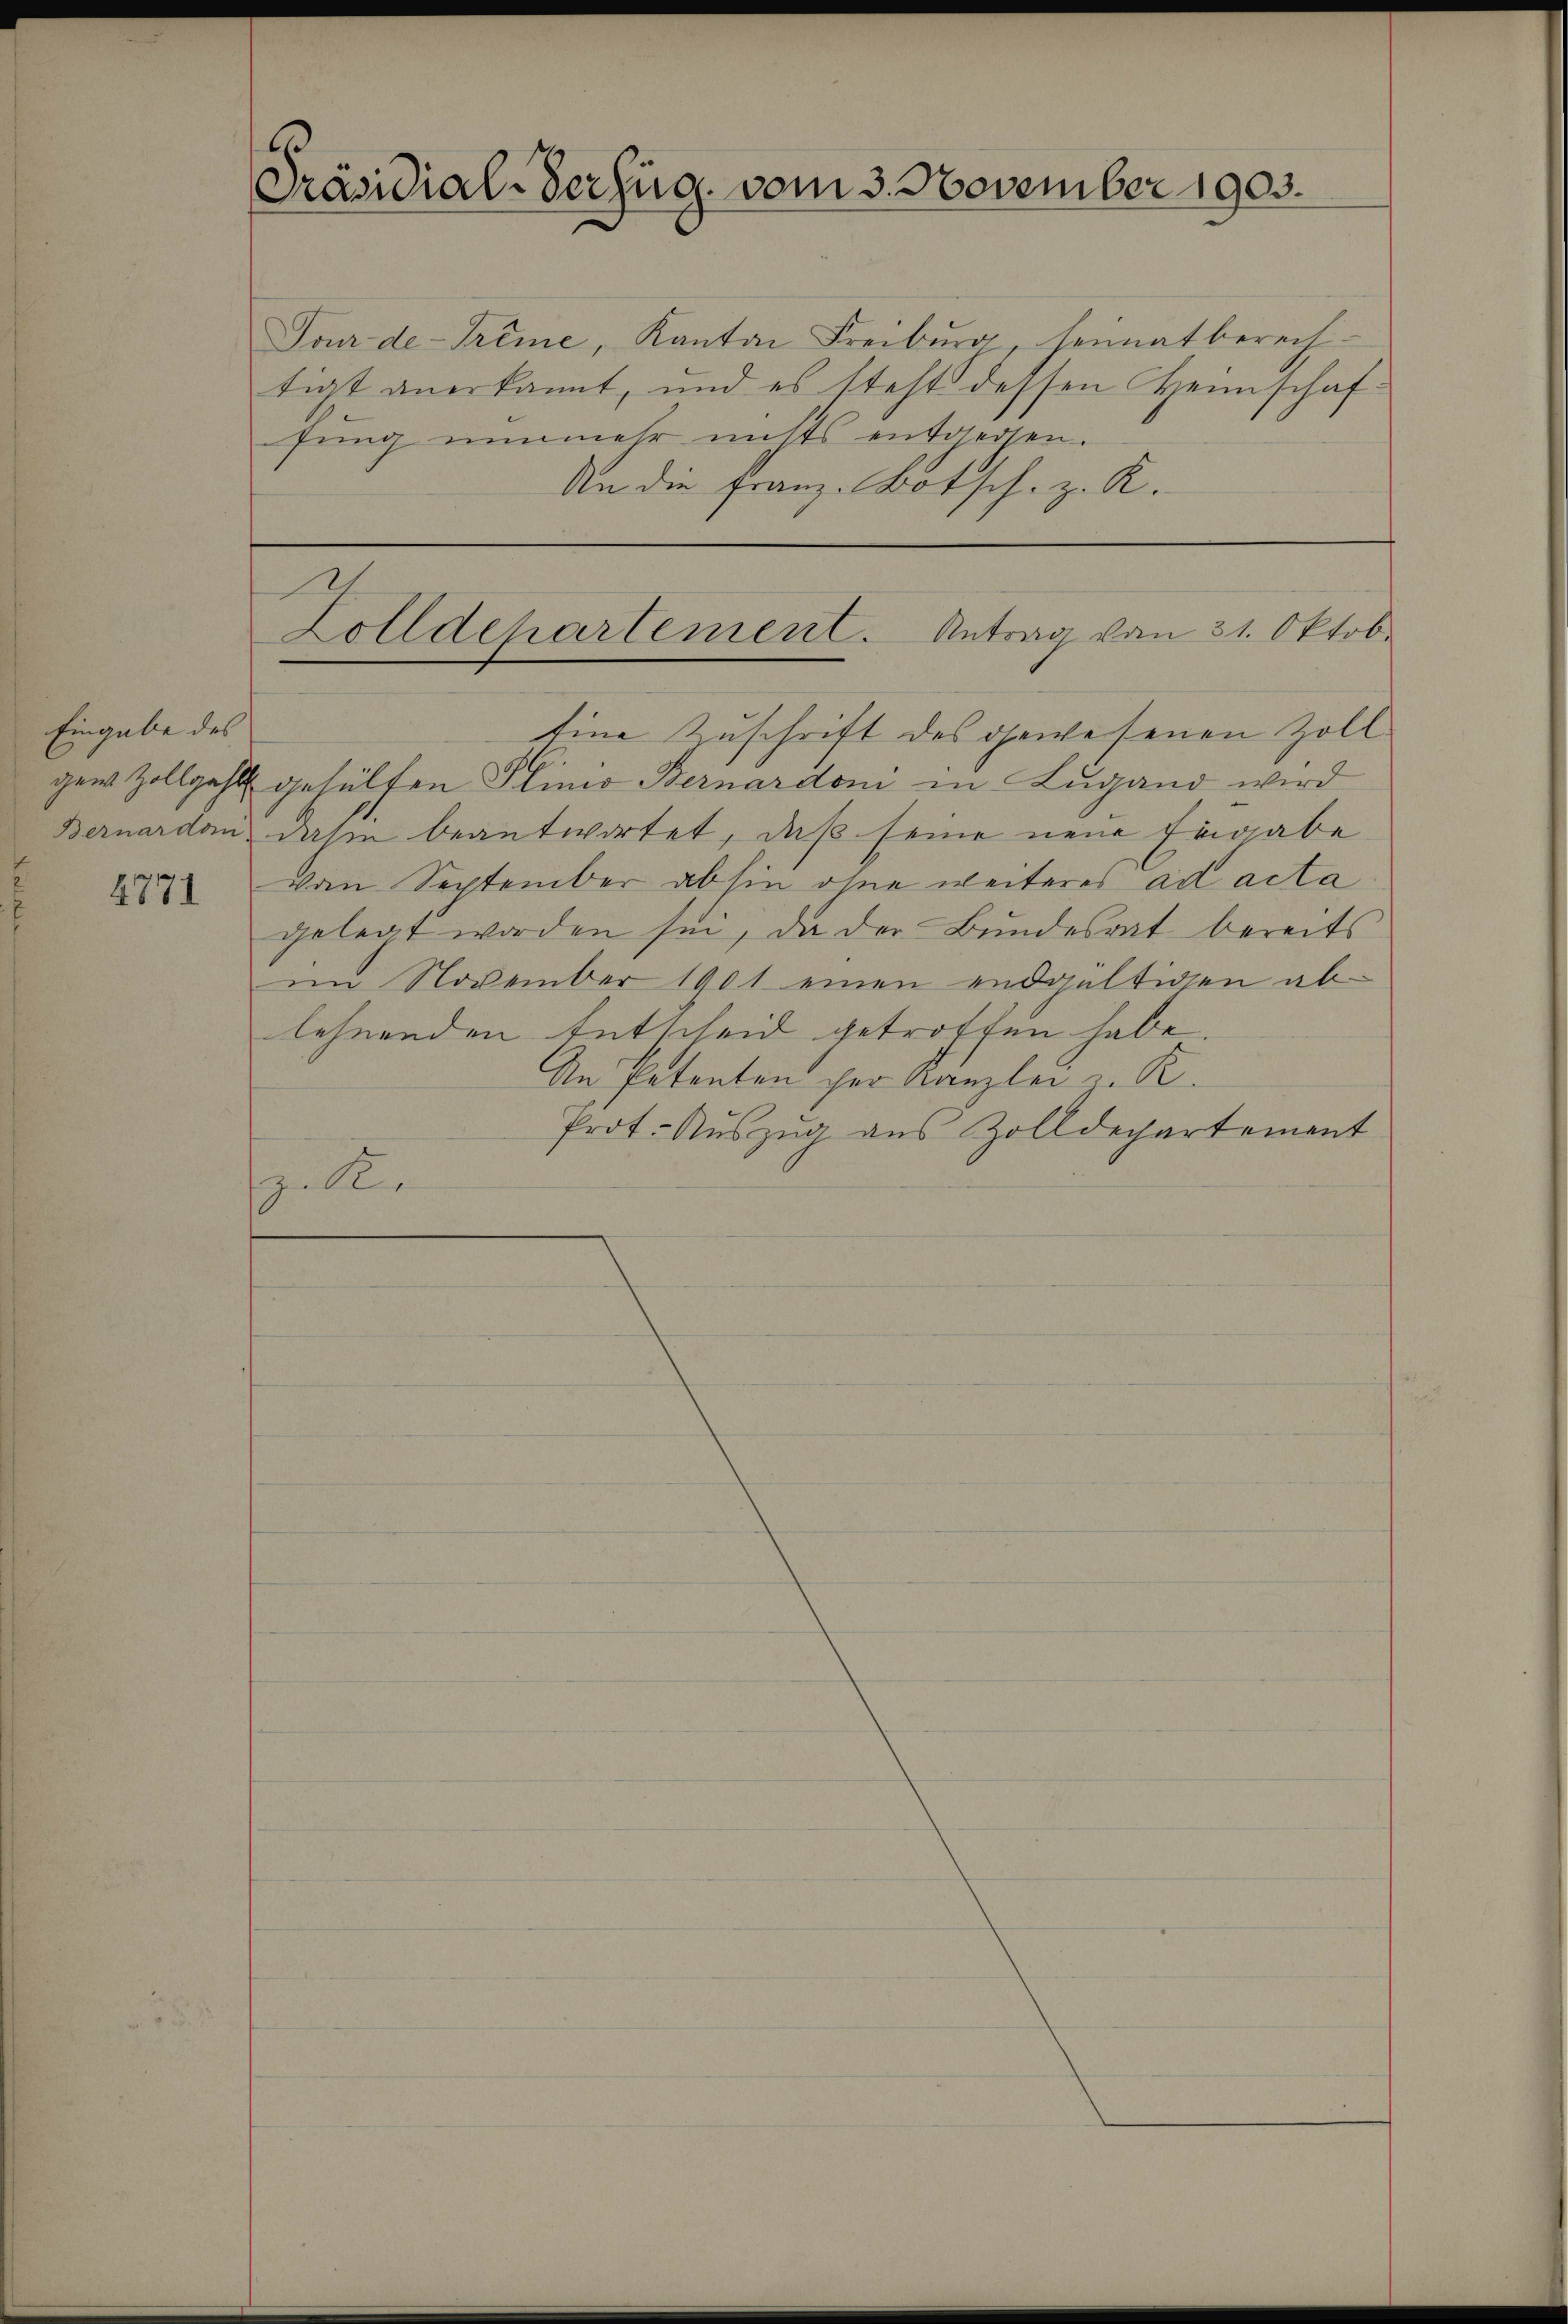
Eingabe des
4771

Präsidial-Verfüg, vom 3. November 1903.

Tour de-Trême, Kanton Freiburg, heimat bereit-
tigt anerkannt, und es steht dessen Heimschaf-
fung nunmehr nichts entgegen.
An die Franz-Botsch. z. K.

Eine Zuschrift des gewesenen Zoll
gem Zollgahl gehülfen Plinio Bernardon in Lugand wird
Bernardan dahin beantwortet, daß seine neue Eingabe
von September abhin ohne weiteres ad acta
gelegt worden sei, da der Bundesrat bereits
im November 1901 einen endgültigen ablehnenden Entscheid getroffen habe.
An Petenten der Kanzlei z. R.
Prot. Auszug aus Zolldechartement
zelle

Zolldepartement. Antrag vom 31. Oktob.